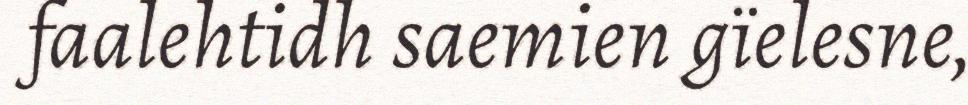
faalehtidh saemien gïelesne,